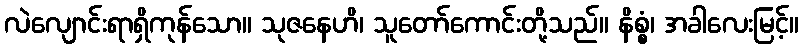
လဲလျောင်းရာရှိကုန်သော။ သုဇနေဟိ၊ သူတော်ကောင်းတို့သည်။ နိစ္စံ၊ အခါလေးမြင့်။